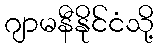
ဂျာမနီနိုင်ငံသို့